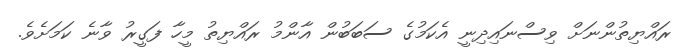
ރައްޔިތުންނަށް ވިސްނައިދިނީ އެކަމުގެ ސަބަބުން އާންމު ރައްޔިތު މީހާ ފަގީރު ވާނެ ކަމަށެވެ.